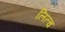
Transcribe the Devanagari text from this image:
लित्च